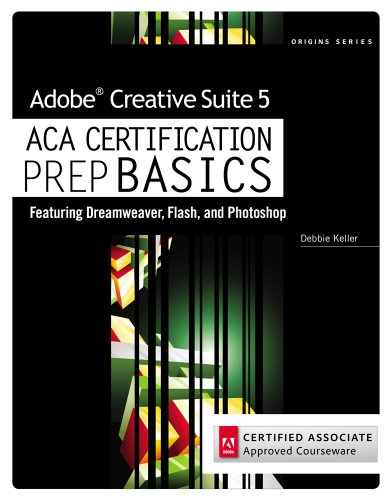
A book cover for Review Pack for Keller's Adobe Creative Suite 5 ACA Certification Preparation: Featuring Dreamweaver, Flash and Photoshop (Basics); Course Technology; Computers & Technology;